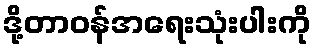
ဒို့တာဝန်အရေးသုံးပါးကို